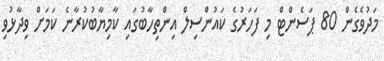
މަދުވެގެން 80 ޕަސެންޓް މި ފަހަރުގެ ކައުންސިލް އިންތިހާބުގައި ކާމިޔާބުކުރާނެ ކަމަށް ވިދާޅުވި